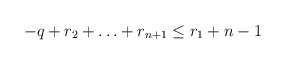
\begin{align*}-q + r_2 + \ldots + r_{n+1} \le r_1 + n-1\end{align*}